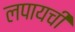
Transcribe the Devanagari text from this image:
लपायची